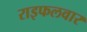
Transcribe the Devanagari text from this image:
राइफलवार